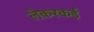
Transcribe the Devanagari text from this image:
लेकरकई